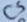
Text: C5